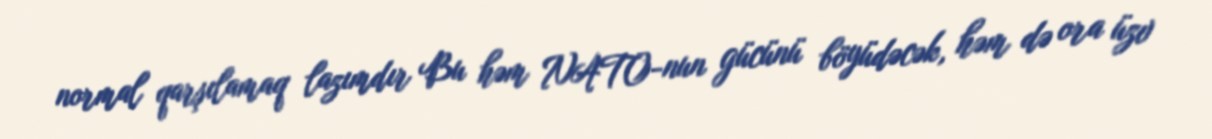
normal qarşılamaq lazımdır Bu həm NATO-nun gücünü böyüdəcək, həm də ora üzv